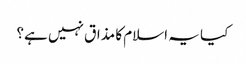
کیا یہ اسلام کا مذاق نہیں ہے؟